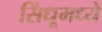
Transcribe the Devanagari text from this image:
सिंधूमध्ये